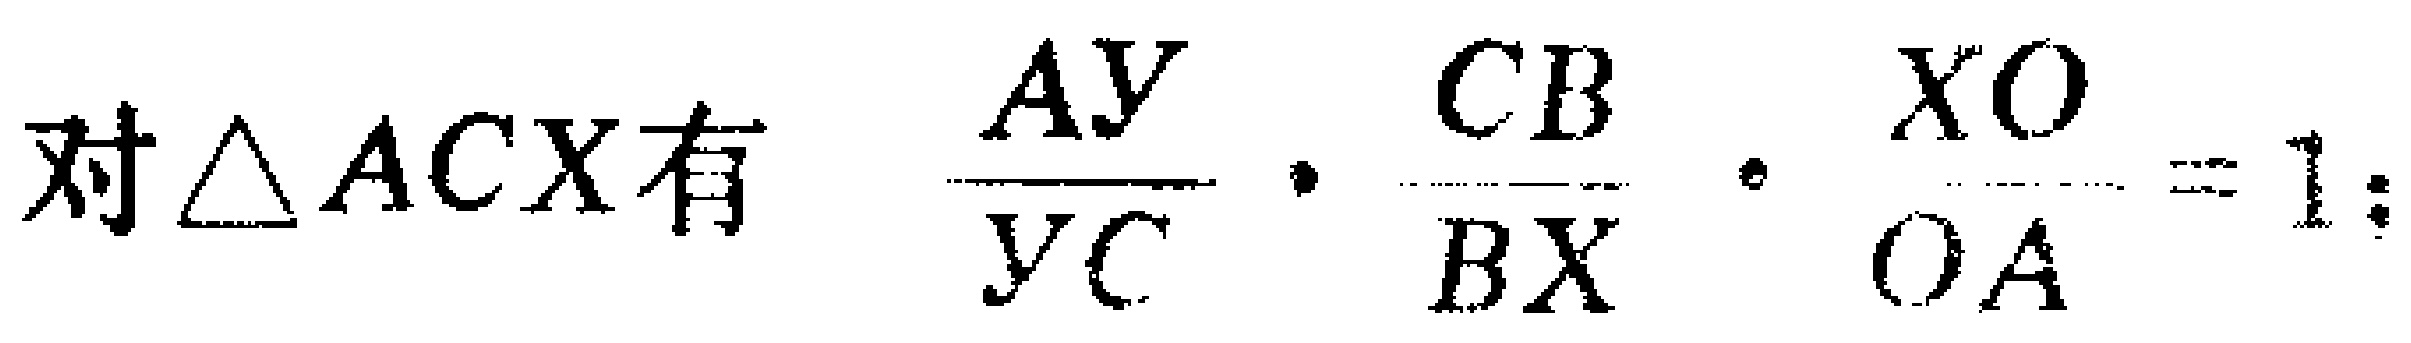
对$\triangle ACX$有 $\dfrac{AY}{YC}\cdot\dfrac{CB}{BX}\cdot\dfrac{XO}{OA}=1$